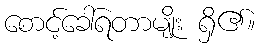
စောင့်ခေါ်ရတာမျိုး ရှိ၏။